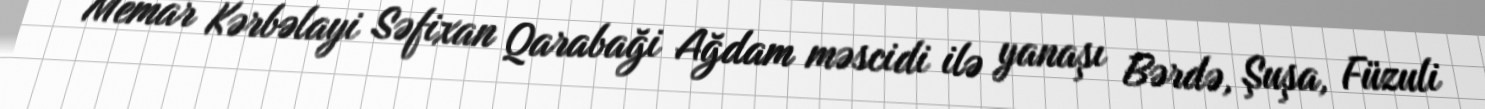
Memar Kərbəlayi Səfixan Qarabaği Ağdam məscidi ilə yanaşı Bərdə, Şuşa, Füzuli